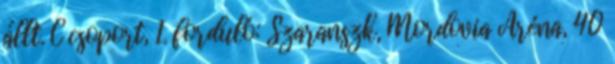
állt. C csoport, 1. forduló: Szaranszk, Mordovia Aréna, 40